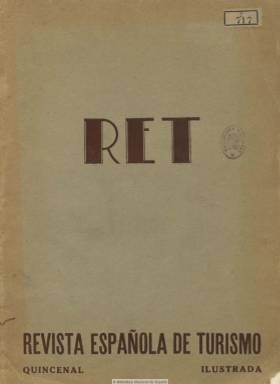
Título: Revista española de turismo
Otros títulos: RET
Colección: Revistas turísticas y de viajes
Ámbito geográfico: Madrid
Lugar de publicación: Madrid
Fechas: 05/11/1932-31/12/1933

También con el título de su acrónimo –RET-, es una publicación ilustrada fundada, y dirigida en sus dos primeros números, por Joaquín de la Vega y Samper, que aparece en noviembre de 1932 como órgano periodístico para la difusión tanto dentro como fuera de España de la riqueza turística nacional, de sus recursos naturales y también de los artísticos y monumentales. La revista ya considera a España como nación turística por excelencia y resalta la benignidad de su clima. Bajo su cabecera indicará algunas de sus secciones: Arte, Bellezas naturales, Leyendas y tradiciones e Itinerarios, pero también tendrá otras bajo los epígrafes Poesía y turismo y Castillos y fortalezas.

En sus entregas, que superan la treintena de páginas, los textos van acompañados de un número abundante de fotografías en blanco y negro. Entre los lugares y ciudades de los que dará cuenta, se encuentran los Picos de Europa, el Monasterio de Guadalupe, Segovia o Sevilla, pero también ofrecerá crónicas como la tituladas De Vasconia a Castilla o Jardines de España. Entre sus firmas, además de la del director, aparecen las de Federico Cubillo y Valdés, Víctor Montalbo, Cristóbal Lozano, Juan Montero o Mariano Alonso Castrillo.

Su periodicidad se anuncia quincenal, pero tras su segundo número se suspenderá. Reaparece en julio de 1933, esta vez bajo la dirección del periodista Mariano de Alarcón, siendo su administrador Geo Will, y cuando en ese momento no existía ninguna revista de carácter nacional para el fomento del turismo español, aunque sí algunas de carácter regional. A partir de aquí también organizará viajes turísticos por la provincia de Madrid.

Sigue publicando reportajes sobre zonas y ciudades singulares, como Galicia, Santander, Zaragoza, San Sebastián, Ávila o  Asturias, a la que denomina la Suiza del Cantábrico; así como del Puente de San Martín de Toledo, Sierra Nevada, el Monasterio de Piedra o los palacios salmantinos. Incluye también secciones de Humorismo, Consultas y Deportes. En esta segunda época sus sumarios están además en alemán, francés e inglés.

El número 8-9, correspondiente a noviembre de 1933 y último de la colección de la Biblioteca Nacional de España, es una entrega especial dedicada a la Exposición Internacional de Madrid, que había proyectado el propio director de la revista para que se celebrase en 1941. En este número doble aprovecha para dar amplia información de las previas exposiciones internacionales celebradas en Sevilla y Barcelona, con abundante material fotográfico.